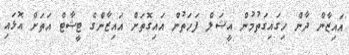
އައިޒާން ދާން ހިގައިގަތުމުން އީޝަލް ފަހަތުން އައިގޮތަށް އައިޒާންގެ ޓީޝާޓް އަތަށް އޮޅައި